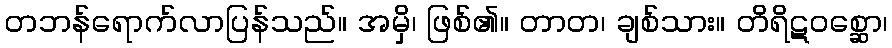
တဘန်ရောက်လာပြန်သည်။ အမှိ၊ ဖြစ်၏။ တာတ၊ ချစ်သား။ တိရိဋဝစ္ဆော၊